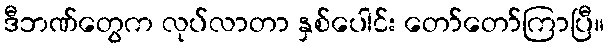
ဒီဘဏ်တွေက လုပ်လာတာ နှစ်ပေါင်း တော်တော်ကြာပြီ။